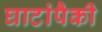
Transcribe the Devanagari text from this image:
घाटांपैकी